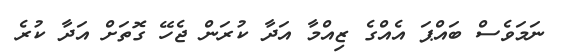
ނަމަވެސް ބައްޕަ އެއްގެ ޒިއްމާ އަދާ ކުރަން ޖެހޭ ގޮތަށް އަދާ ކުރެ